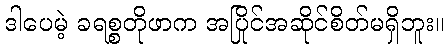
ဒါပေမဲ့ ခရစ္စတိုဖာက အပြိုင်အဆိုင်စိတ်မရှိဘူး။